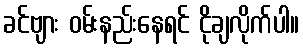
ခင်ဗျား ဝမ်းနည်းနေရင် ငိုချလိုက်ပါ။